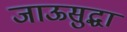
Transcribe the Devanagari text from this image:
जाऊसुद्धा